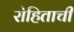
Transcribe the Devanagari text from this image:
रोहिताची